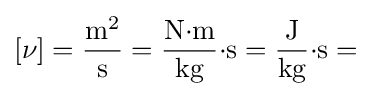
[\nu ]=\mathrm {\frac {m^{2}}{s}} =\mathrm {{\frac {N{\cdot }m}{kg}}{\cdot }s} =\mathrm {{\frac {J}{kg}}{\cdot }s} =